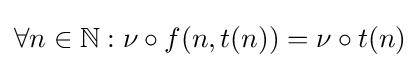
\forall n\in \mathbb {N} :\nu \circ f(n,t(n))=\nu \circ t(n)